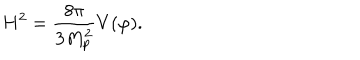
H ^ { 2 } = \frac { 8 \pi } { 3 M _ { p } ^ { 2 } } V ( \varphi ) .